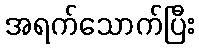
အရက်သောက်ပြီး